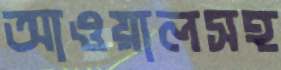
আওয়ালসহ